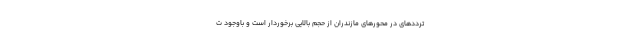
ترددهای در محورهای مازندران از حجم بالایی برخوردار است و باوجود ت